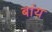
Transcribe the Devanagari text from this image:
बांय